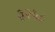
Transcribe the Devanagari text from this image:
३२५८